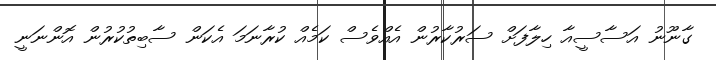
ގާނޫނު އަސާސީއާ ހިލާފަށް ސަރުކާރުން އެއްވެސް ކަމެއް ކުރާނަމަ އެކަން ސާބިތުކުރުން އޮންނަނީ